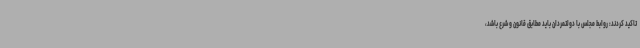
تاکید کردند: روابط مجلس با دولتمردان باید مطابق قانون و شرع باشد،